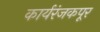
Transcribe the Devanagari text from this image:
कार्यरंजकपूर